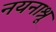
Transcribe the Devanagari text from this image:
नयनाश्रू